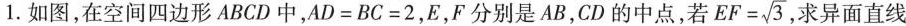
1.如图，在空间四边形ABCD中，$$A D = B C = 2$$，E，F分别是AB，CD的中点，若 $$E F = \sqrt { 3 }$$ 求异面直线